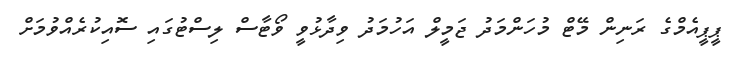
ޕީޕީއެމްގެ ރަނިން މޭޓް މުހަންމަދު ޖަމީލް އަހުމަދު ވިދާޅުވީ ވޯޓާސް ލިސްޓުގައި ސޮއިކުރެއްވުމަށް